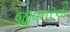
જીવતરનો